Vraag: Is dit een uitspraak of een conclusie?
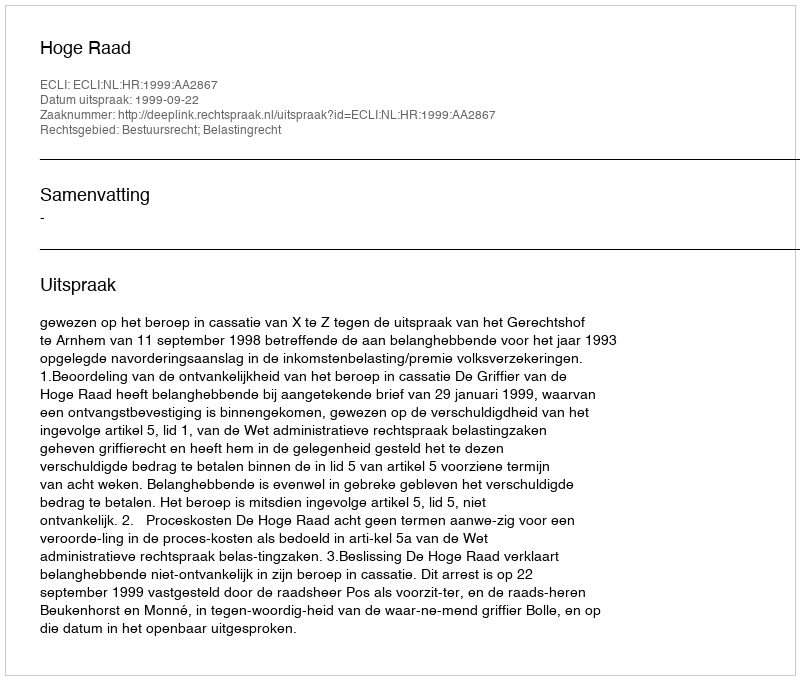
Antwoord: Uitspraak